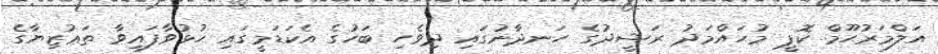
އަލްމަރުޙޫމް ކޮޕީ މުޙައްމަދު ރަޝީދުގެ ހަނދާނުގައި ދިވެހި ބަހުގެ އެކަޑަމީގައި ހުޅުވާފައިވާ ތަޢުޒިޔާގެ